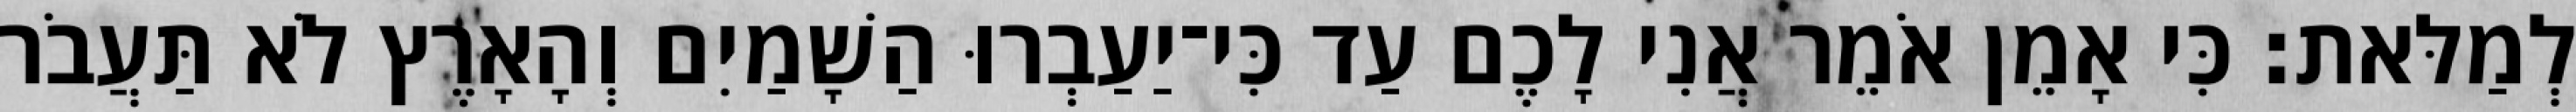
לְמַלּאת׃ כִּי אָמֵן אֹמֵר אֲנִי לָכֶם עַד כִּי־יַעַבְרוּ הַשָׁמַיִם וְהָאָרֶץ לֹא תַּעֲבֹר